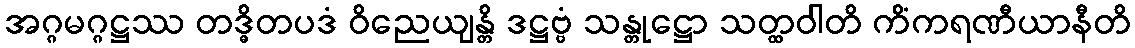
အဂ္ဂမဂ္ဂဋ္ဌဿ တဒ္ဓိတပဒံ ဝိညေယျန္တိ ဒဋ္ဌဗ္ဗံ သန္တုဋ္ဌော သတ္ထဝါတိ ကိံကရဏီယာနီတိ